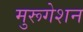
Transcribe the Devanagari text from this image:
मुरूगेशन